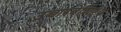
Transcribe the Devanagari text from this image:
उच्चारवैशिष्टेय